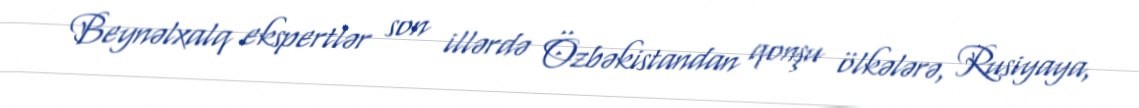
Beynəlxalq ekspertlər son illərdə Özbəkistandan qonşu ölkələrə, Rusiyaya,